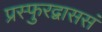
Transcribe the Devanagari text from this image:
प्रस्फुरद्वाससं